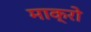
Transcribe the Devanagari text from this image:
माक्रो